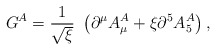
\begin{align*}G^A=\frac{1}{\sqrt{\xi}}\ \left(\partial^\mu A_\mu^A + \xi \partial^5A_5^A\right),\end{align*}